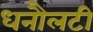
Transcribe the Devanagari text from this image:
धनौलटी